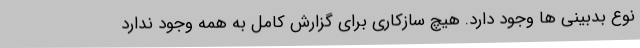
نوع بدبینی ها وجود دارد. هیچ سازکاری برای گزارش کامل به همه وجود ندارد